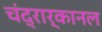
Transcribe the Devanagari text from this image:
चंद्रार्कानल